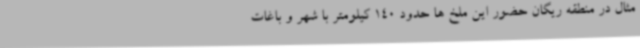
مثال در منطقه ریگان حضور این ملخ ها حدود 140 کیلومتر با شهر و باغات